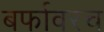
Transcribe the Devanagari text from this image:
बर्फावरच